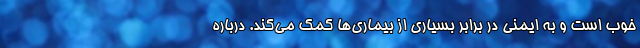
خوب است و به ایمنی در برابر بسیاری از بیماری‌ها کمک می‌کند. درباره